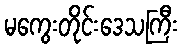
မကွေးတိုင်းဒေသကြီး